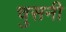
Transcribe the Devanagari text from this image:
चुसनी